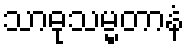
သာဓုသမ္မတာနံ